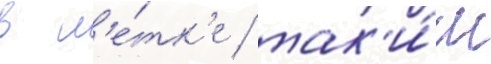
в л'е́тк'е / так'и́м